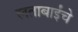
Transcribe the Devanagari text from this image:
लताबाईंचे